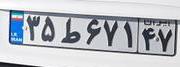
۳۵ط۶۷۱۴۷